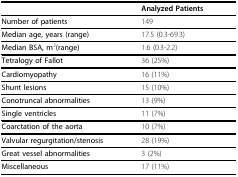
|  | Analyzed Patients |
 | --- | --- |
 | Number of patients | 149 |
 | Median age, years (range) | 17.5 (0.3-69.3) |
 | Median BSA, m2(range) | 1.6 (0.3-2.2) |
 | Tetralogy of Fallot | 36 (25%) |
 | Cardiomyopathy | 16 (11%) |
 | Shunt lesions | 15 (10%) |
 | Conotruncal abnormalities | 13 (9%) |
 | Single ventricles | 11 (7%) |
 | Coarctation of the aorta | 10 (7%) |
 | Valvular regurgitation/stenosis | 28 (19%) |
 | Great vessel abnormalities | 3 (2%) |
 | Miscellaneous | 17 (11%) |